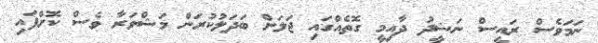
ނަމަވެސް ރައީސް ނަޝީދު ދާއިމީ ގޮތެއްގައި ޖަލަށް ބަދަލުކުރަން މަޝްވަރާ ވެސް ކޮށްފައި